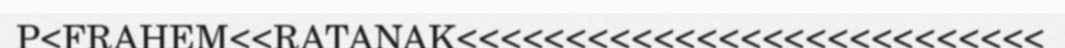
P<FRAHEM<<RATANAK<<<<<<<<<<<<<<<<<<<<<<<<<<<